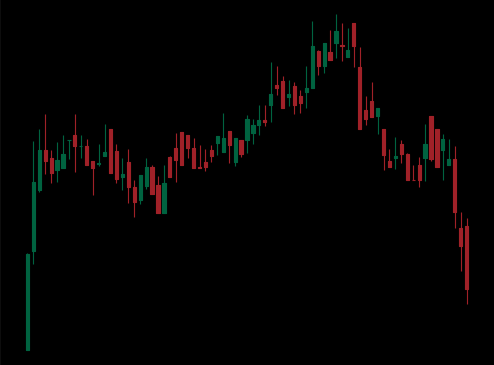
Pattern: head_shoulders